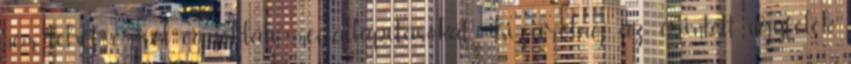
nem tehet erről egyoldalú megállapításokat. Kizárólag az érintett ügyfelek